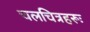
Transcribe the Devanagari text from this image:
चलचित्रहरूः